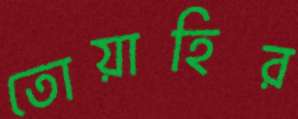
তোয়াহির